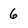
Character: 6